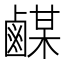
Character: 𪉴